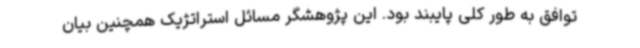
توافق به طور کلی پایبند بود. این پژوهشگر مسائل استراتژیک همچنین بیان